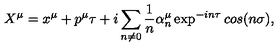
X ^ { \mu } = x ^ { \mu } + p ^ { \mu } \tau + i \sum _ { n \neq 0 } \frac { 1 } { n } \alpha _ { n } ^ { \mu } \exp ^ { - i n \tau } c o s ( n \sigma ) , \nonumber